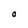
Character: O